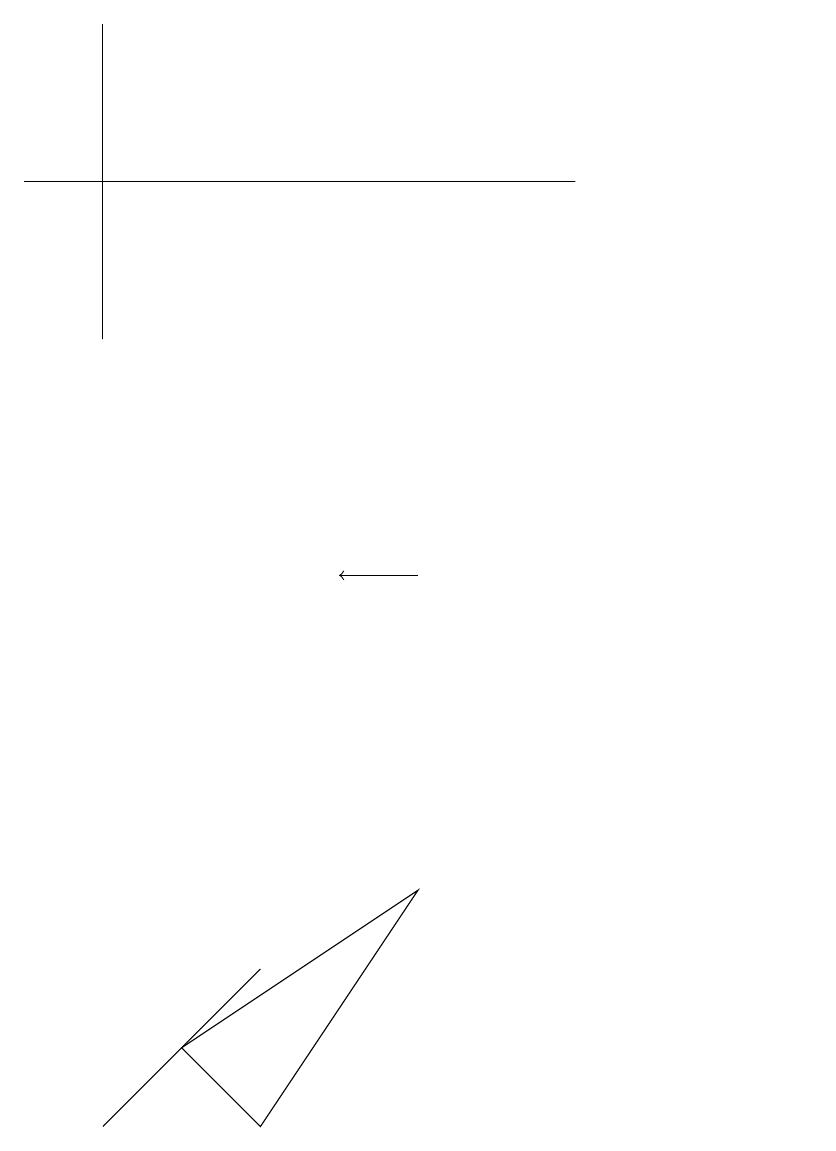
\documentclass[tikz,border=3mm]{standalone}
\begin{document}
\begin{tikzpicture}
\draw (11,10) circle (0);
\draw (8,16) rectangle (1,16);
\draw (4,4) -- (6,7) -- (3,5) -- cycle;
\draw (2,18) rectangle (2,14);
\draw (11,11) circle (0);
\draw[->] (6,11) -- (5,11);
\draw (4,6) -- (2,4) -- (3,5) -- cycle;
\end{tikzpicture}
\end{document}